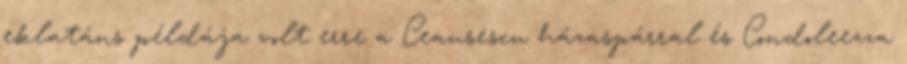
eklatáns példája volt erre a Ceausescu házaspárral és Condoleezza